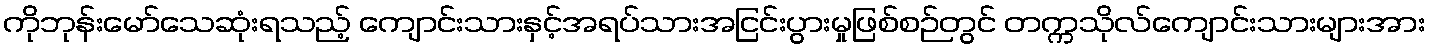
ကိုဘုန်းမော်သေဆုံးရသည့် ကျောင်းသားနှင့်အရပ်သားအငြင်းပွားမှုဖြစ်စဉ်တွင် တက္ကသိုလ်ကျောင်းသားများအား